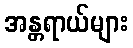
အန္တရာယ်များ